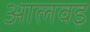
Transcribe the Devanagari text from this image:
आलवइ